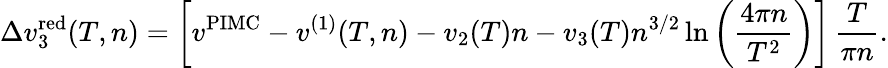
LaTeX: \Delta v_{3}^{\mathrm{red}}(T,n)=\left[v^{\mathrm{PIMC}}-v^{(1)}(T,n)-v_{2}(T)n-v_{3}(T)n^{3/2}\ln\left(\frac{4\pi n}{T^{2}}\right)\right]\, \frac{T}{\pi n}.